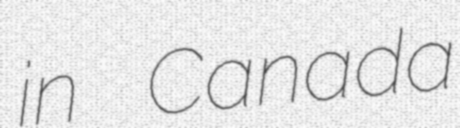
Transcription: in Canada